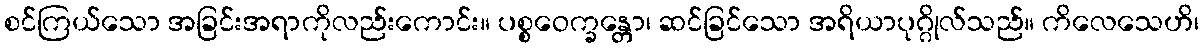
စင်ကြယ်သော အခြင်းအရာကိုလည်းကောင်း။ ပစ္စဝေက္ခန္တော၊ ဆင်ခြင်သော အရိယာပုဂ္ဂိုလ်သည်။ ကိလေသေဟိ၊